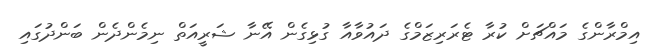
އިމްރާންގެ މައްޗަށް ކުރާ ޓެރަރިޒަމްގެ ދައުވާއާ ގުޅިގެން އޭނާ ޝަރީއަތް ނިމެންދެން ބަންދުގައި